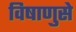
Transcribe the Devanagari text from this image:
विषाणुसे